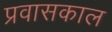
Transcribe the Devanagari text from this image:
प्रवासकाल